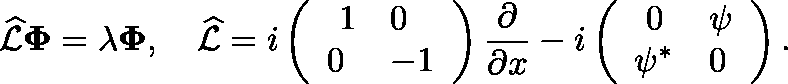
\widehat { \mathcal { L } } \mathbf { \Phi } = \lambda \mathbf { \Phi } , \quad \widehat { \mathcal { L } } = i \left( \begin{array} { l l } { \ 1 } & { 0 } \\ { 0 } & { - 1 } \end{array} \right) \frac { \partial } { \partial x } - i \left( \begin{array} { l l } { \ 0 } & { \psi } \\ { \psi ^ { * } } & { 0 } \end{array} \right) .